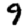
Digit: 9